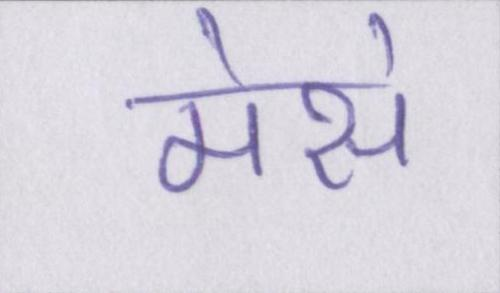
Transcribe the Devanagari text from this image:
मेसे